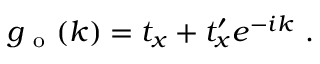
g _ { \mathrm { ~ o ~ } } ( k ) = t _ { x } + t _ { x } ^ { \prime } e ^ { - i k } \mathrm { ~ . ~ }